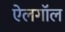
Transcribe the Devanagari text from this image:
ऐलगॉल